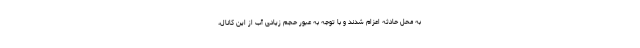
به محل حادثه اعزام شدند و با توجه به عبور حجم زیادی آب از این کانال،